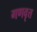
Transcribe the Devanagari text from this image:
गणवृत्त